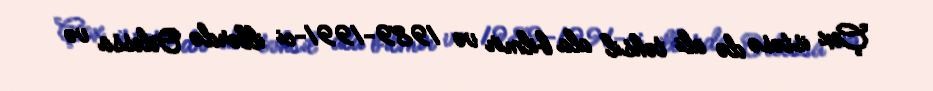
Çox istəsə də ali təhsil ala bilmir və 1989-1991-ci illərdə Odessa və